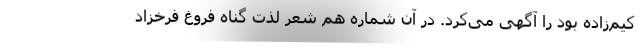
کیم‌زاده بود را آگهی می‌کرد. در آن شماره هم شعر لذت گناه فروغ فرخزاد